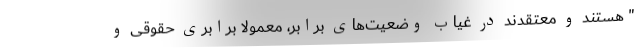
" هستند و معتقدند در غیاب وضعیت‌های برابر، معمولا برابری حقوقی و